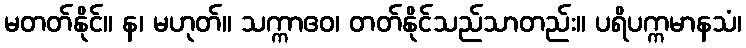
မတတ်နိုင်။ န၊ မဟုတ်။ သက္ကာဧဝ၊ တတ်နိုင်သည်သာတည်း။ ပရိပက္ကမာနသံ၊